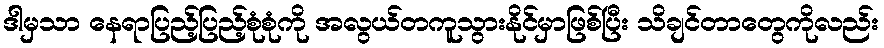
ဒါမှသာ နေရာပြည့်ပြည့်စုံစုံကို အလွယ်တကူသွားနိုင်မှာဖြစ်ပြီး သိချင်တာတွေကိုလည်း